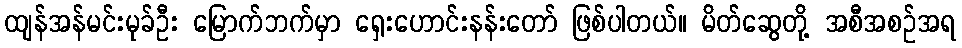
ထျန်အန်မင်းမုခ်ဦး မြောက်ဘက်မှာ ရှေးဟောင်းနန်းတော် ဖြစ်ပါတယ်။ မိတ်ဆွေတို့ အစီအစဉ်အရ